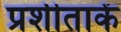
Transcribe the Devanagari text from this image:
प्रशीताकें